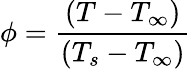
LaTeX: \phi=\frac{(T-T_{\infty})}{(T_{s}-T_{\infty})}